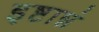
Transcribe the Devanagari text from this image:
इष्टान्नं